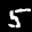
Label: 5